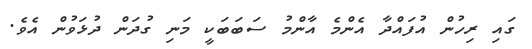
ގައި ރިހުން އުފައްދާ އެންމެ އާންމު ސަބަބަކީ މަނި ގުދަން ދުޅަވުން އެވެ.